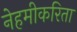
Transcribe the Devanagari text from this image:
नेहमीकरिता